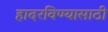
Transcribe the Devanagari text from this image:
हादरविण्यासाठी